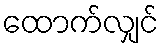
ထောက်လျှင်